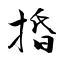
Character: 捪